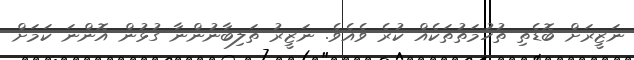
ނަޒީރަށް ބޮޑެތި ތުހުމަތުތަކެއް ކުރެ ވެއެވެ. ނަޒީރު ތަލިބާނުންނާ ގުޅުން އޮންނަ ކަމަށް